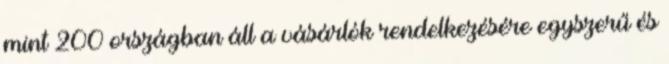
mint 200 országban áll a vásárlók rendelkezésére egyszerű és